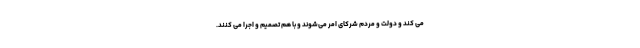
می کند و دولت و مردم شرکای امر می‌شوند و با هم تصمیم و اجرا می کنند.